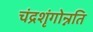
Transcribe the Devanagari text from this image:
चंद्रशृंगोन्नति